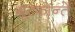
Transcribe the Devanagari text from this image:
ग्रूटफोन्तें